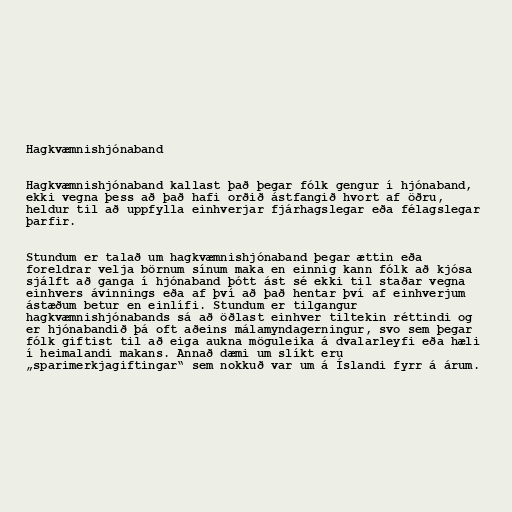
Hagkvæmnishjónaband

Hagkvæmnishjónaband kallast það þegar fólk gengur í hjónaband,
ekki vegna þess að það hafi orðið ástfangið hvort af öðru,
heldur til að uppfylla einhverjar fjárhagslegar eða félagslegar
þarfir.

Stundum er talað um hagkvæmnishjónaband þegar ættin eða
foreldrar velja börnum sínum maka en einnig kann fólk að kjósa
sjálft að ganga í hjónaband þótt ást sé ekki til staðar vegna
einhvers ávinnings eða af því að það hentar því af einhverjum
ástæðum betur en einlífi. Stundum er tilgangur
hagkvæmnishjónabands sá að öðlast einhver tiltekin réttindi og
er hjónabandið þá oft aðeins málamyndagerningur, svo sem þegar
fólk giftist til að eiga aukna möguleika á dvalarleyfi eða hæli
í heimalandi makans. Annað dæmi um slíkt eru
„sparimerkjagiftingar“ sem nokkuð var um á Íslandi fyrr á árum.